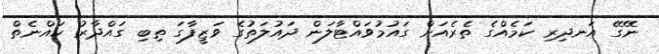
ނޭގޭ އަނދިރި ކަމެއްގެ ތެރެއަށް ގައުމުވައްޓާލަން ދައުލަތުގެ ވަޒީފާގަ ތިބި ގައްދާރު ކައްނެތް